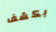
بكشف